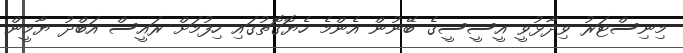
މިނިސްޓަރު ވިދާޅުވީ އީސީސީގެ ބޭނުން އެންމެ ހެޔޮގޮތުގައި ހިފުމަށް ރައީސް އަބްދު ޔާމީން